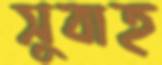
সুবাহ